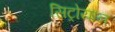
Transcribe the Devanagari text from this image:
सिट्रोयान